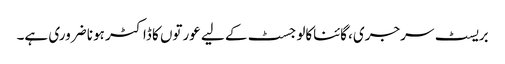
بریسٹ سرجری، گائناکالوجسٹ کے لیے عورتوں کا ڈاکٹر ہونا ضروری ہے۔